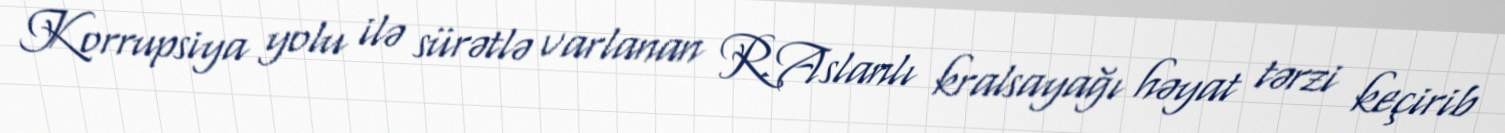
Korrupsiya yolu ilə sürətlə varlanan R.Aslanlı kralsayağı həyat tərzi keçirib